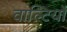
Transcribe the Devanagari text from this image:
वाल्टियों